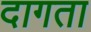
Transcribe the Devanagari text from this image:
दागता